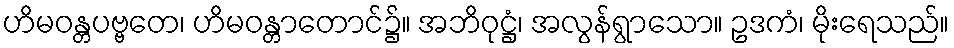
ဟိမဝန္တပဗ္ဗတေ၊ ဟိမဝန္တာတောင်၌။ အဘိဝုဋ္ဌံ၊ အလွန်ရွာသော။ ဥဒကံ၊ မိုးရေသည်။